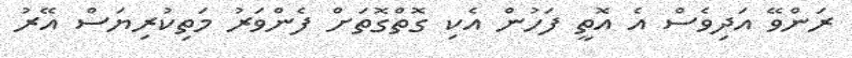
ރަންވޭ އަދިވެސް އެ އޮތީ ފަހުން އެކި ގޮތްގޮތަށް ފެންވަރު މަތިކުރިޔަސް އޭރު